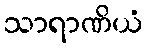
သာရာဏိယံ